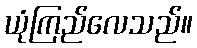
ယုံကြည်လေသည်။